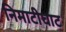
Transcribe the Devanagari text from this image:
निमाटीघाट